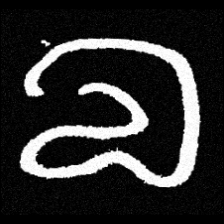
Pyu character \u2014 Myanmar letter: လ (romanized: la)